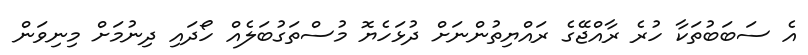
އެ ސަބަބުތަކާ ހުރެ ރާއްޖޭގެ ރައްޔިތުންނަށް ދުޅަހެޔޮ މުސްތަގުބަލެއް ހޯދައި ދިނުމަށް މިނިވަން